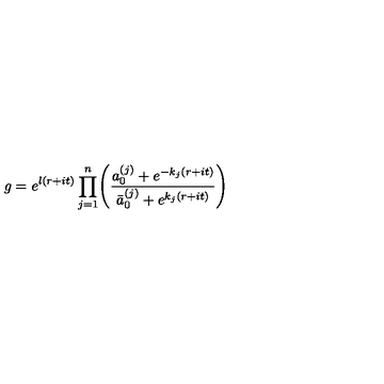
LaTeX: g = e ^ { l ( r + i t ) } \displaystyle \prod _ { j = 1 } ^ { n } \Biggl ( { \frac { a _ { 0 } ^ { ( j ) } + e ^ { - { k _ { j } } ( r + i t ) } } { \bar { a } _ { 0 } ^ { ( j ) } + e ^ { { k _ { j } } ( r + i t ) } } } \Biggr )